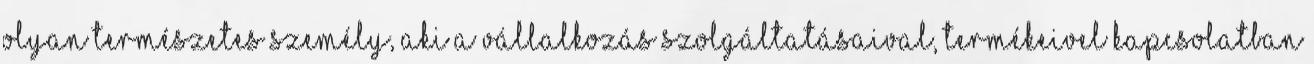
olyan természetes személy, aki a Vállalkozás szolgáltatásaival, termékeivel kapcsolatban